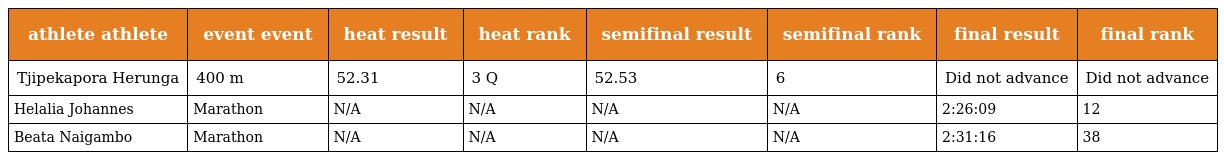
| athlete athlete | event event | heat result | heat rank | semifinal result | semifinal rank | final result | final rank |
 | --- | --- | --- | --- | --- | --- | --- | --- |
 | Tjipekapora Herunga | 400 m | 52.31 | 3 Q | 52.53 | 6 | Did not advance | Did not advance |
 | Helalia Johannes | Marathon | N/A | N/A | N/A | N/A | 2:26:09 | 12 |
 | Beata Naigambo | Marathon | N/A | N/A | N/A | N/A | 2:31:16 | 38 |